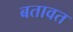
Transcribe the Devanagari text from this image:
बतावत